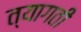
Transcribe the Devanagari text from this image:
त्यागतीं